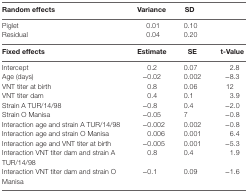
<table><thead><tr><td><b>Random effects</b></td><td><b>Variance</b></td><td><b>SD</b></td><td></td></tr></thead><tbody><tr><td>Piglet</td><td>0.01</td><td>0.10</td><td></td></tr><tr><td>Residual</td><td>0.04</td><td>0.20</td><td></td></tr><tr><td><b>Fixed effects</b></td><td><b>Estimate</b></td><td><b>SE</b></td><td><b><i>t</i>-Value</b></td></tr><tr><td>Intercept</td><td>0.2</td><td>0.07</td><td>2.8</td></tr><tr><td>Age (days)</td><td>−0.02</td><td>0.002</td><td>−8.3</td></tr><tr><td>VNT titer at birth</td><td>0.8</td><td>0.06</td><td>12</td></tr><tr><td>VNT titer dam</td><td>0.4</td><td>0.1</td><td>3.9</td></tr><tr><td>Strain A TUR/14/98</td><td>−0.8</td><td>0.4</td><td>−2.0</td></tr><tr><td>Strain O Manisa</td><td>−0.05</td><td>7</td><td>−0.8</td></tr><tr><td>Interaction age and strain A TUR/14/98</td><td>−0.002</td><td>0.002</td><td>−0.8</td></tr><tr><td>Interaction age and strain O Manisa</td><td>0.006</td><td>0.001</td><td>6.4</td></tr><tr><td>Interaction age and VNT titer at birth</td><td>−0.005</td><td>0.001</td><td>−5.3</td></tr><tr><td>Interaction VNT titer dam and strain A TUR/14/98</td><td>0.8</td><td>0.4</td><td>1.9</td></tr><tr><td>Interaction VNT titer dam and strain O Manisa</td><td>−0.1</td><td>0.09</td><td>−1.6</td></tr></tbody></table>